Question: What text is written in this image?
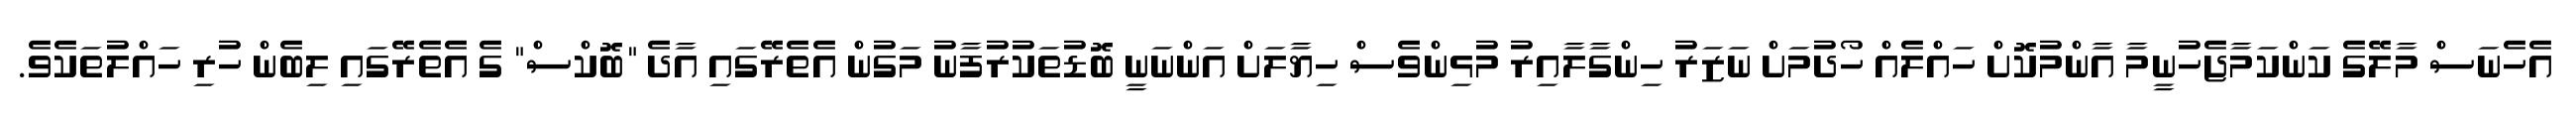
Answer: އެހެނަސް މާލޭގެ ކަންކަމާޖެހުނީމާ އާންމުކޮށް ހައްލެއް ހޯދުމަށް ނަޒަރު ހިންގާލާއިރު މުޅިންވެސް ހިޔާލަށް އަންނަނީ ބޮޑުތަކުރުފާނު މަގުން އެތެރޭގައި އާދެ "ބޮކްސް" ގެ އެތެރޭގައި ލިބެން ހުރި ހައްލުތަކެވެ.